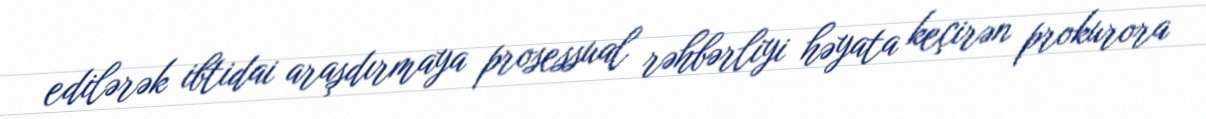
edilərək ibtidai araşdırmaya prosessual rəhbərliyi həyata keçirən prokurora